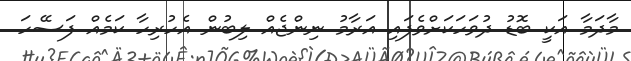
މާދަމާ އަކީ ބޮޑު ދުވަހަކަށްވެފައި އަރާމު ނިންޖެއް ލިބުން އެހުރިހާ ކަމެއް ފަސޭހަ